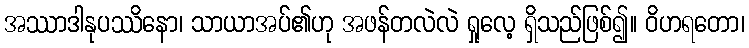
အဿာဒါနုပဿိနော၊ သာယာအပ်၏ဟု အဖန်တလဲလဲ ရှုလေ့ ရှိသည်ဖြစ်၍။ ဝိဟရတော၊